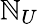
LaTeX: \mathbb{N}_{U}